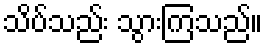
သိပ်သည်း သွားကြသည်။